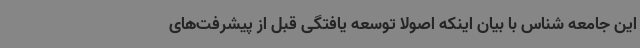
این جامعه شناس با بیان اینکه اصولاً توسعه یافتگی قبل از پیشرفت‌های